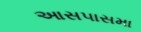
આસપાસમા